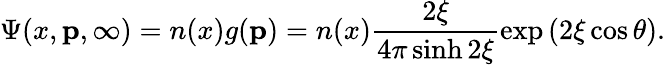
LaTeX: \Psi(x,\mathbf{p},\infty)=n(x)g(\mathbf{p})=n(x)\frac{2\xi}{4\pi\sinh{2\xi}}\exp{(2\xi\cos{\theta})}.